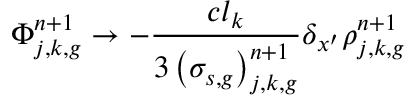
\Phi _ { j , k , g } ^ { n + 1 } \to - \frac { c l _ { k } } { 3 \left( \sigma _ { s , g } \right) _ { j , k , g } ^ { n + 1 } } \delta _ { x ^ { \prime } } \rho _ { j , k , g } ^ { n + 1 }